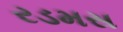
રડમસ